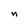
Character: n